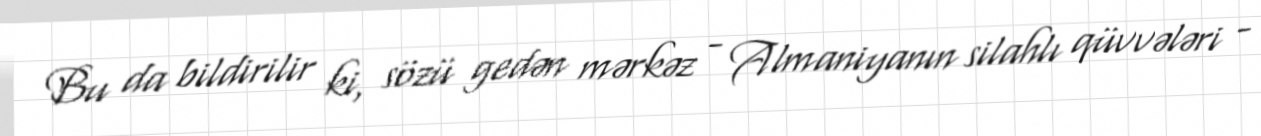
Bu da bildirilir ki, sözü gedən mərkəz - Almaniyanın silahlı qüvvələri -